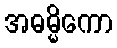
အဓမ္မိကော